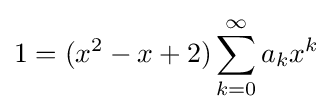
1=(x^{2}-x+2)\sum _{k=0}^{\infty }a_{k}x^{k}